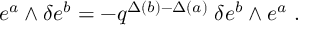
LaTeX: e ^ { a } \wedge \delta e ^ { b } = - q ^ { \Delta ( b ) - \Delta ( a ) } \; \delta e ^ { b } \wedge e ^ { a } \; .